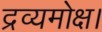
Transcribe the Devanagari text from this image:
द्रव्यमोक्ष।